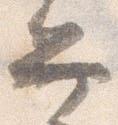
弁